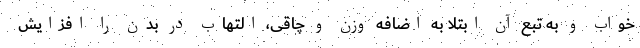
خواب و به تبع آن ابتلا به اضافه وزن و چاقی، التهاب در بدن را افزایش